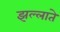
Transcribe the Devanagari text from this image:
झल्लाते